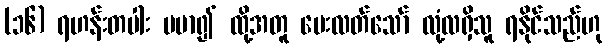
(၁၆) ရဟန်းတပါး မမာ၍ ထို့အတူ မေးလတ်သော် လုံ့လရှိသူ ရနိုင်သည်ဟု